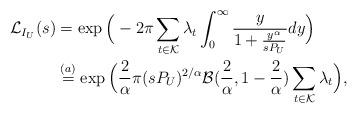
LaTeX: \begin{align*}\mathcal{L}_{I_U}(s) & = \exp \Big(-2 \pi \sum_{t \in \mathcal{K}} \lambda_{t} \int_{0}^{\infty} \frac{y}{1 + \frac{y^{\alpha}}{s P_U}} dy \Big) \\& \overset{(a)}{=} \exp\Big(\frac{2}{\alpha} \pi (s P_U)^{2 / \alpha} \mathcal{B}(\frac{2}{\alpha}, 1 - \frac{2}{\alpha})\sum_{t \in \mathcal{K}} \lambda_t\Big),\end{align*}